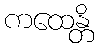
ကထေန္တိ